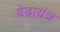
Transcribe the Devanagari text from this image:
वेढायंत्र